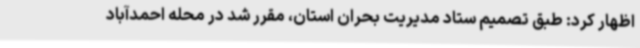
اظهار کرد: طبق تصمیم ستاد مدیریت بحران استان، مقرر شد در محله احمدآباد